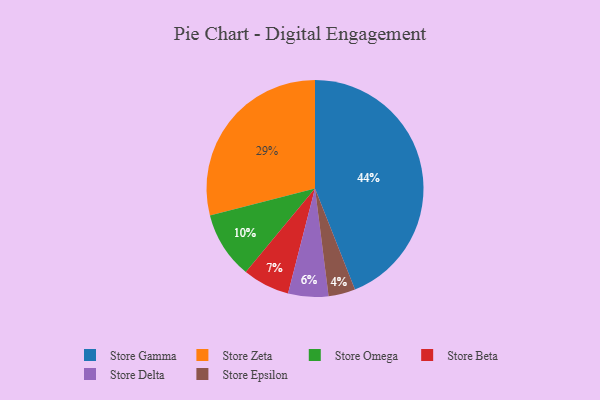
{"axis": {"x": "Category", "y": "Percentage"}, "legend": ["Store Beta", "Store Delta", "Store Epsilon", "Store Gamma", "Store Omega", "Store Zeta"], "data": [{"x": "Store Beta", "y": 7, "type": "Store Beta"}, {"x": "Store Omega", "y": 10, "type": "Store Omega"}, {"x": "Store Delta", "y": 6, "type": "Store Delta"}, {"x": "Store Gamma", "y": 44, "type": "Store Gamma"}, {"x": "Store Zeta", "y": 29, "type": "Store Zeta"}, {"x": "Store Epsilon", "y": 4, "type": "Store Epsilon"}]}